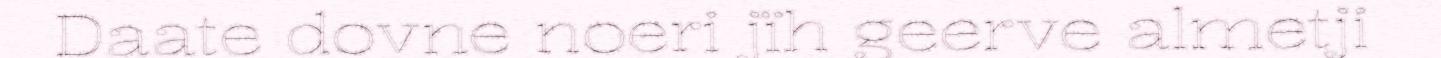
Daate dovne noeri jïh geerve almetji